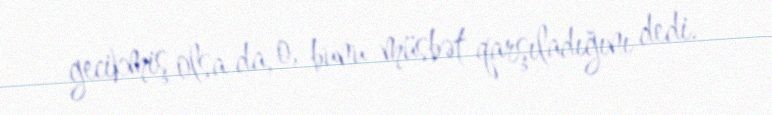
gecikmiş olsa da, o, bunu müsbət qarşıladığını dedi.